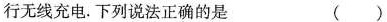
行无线充电. 下列说法正确的是 ( )